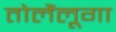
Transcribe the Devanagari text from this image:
तोलैंलूगा